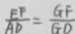
\frac { E F } { A D } = \frac { G F } { G D }